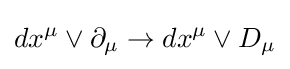
dx^{\mu }\vee \partial _{\mu }\rightarrow dx^{\mu }\vee D_{\mu }